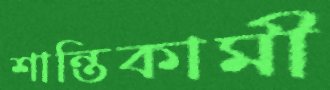
শান্তিকামী